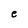
Character: e